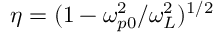
\eta = ( 1 - \omega _ { p 0 } ^ { 2 } / \omega _ { L } ^ { 2 } ) ^ { 1 / 2 }